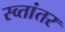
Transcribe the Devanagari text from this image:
स्व्तांतर